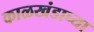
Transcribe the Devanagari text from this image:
काळखंडाच्या